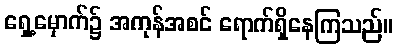
ရှေ့မှောက်၌ အကုန်အစင် ရောက်ရှိနေကြသည်။